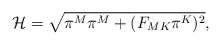
LaTeX: \begin{align*}{\cal H}=\sqrt{ \pi^M\pi^M +(F_{MK}\pi^K)^2 } ,\end{align*}